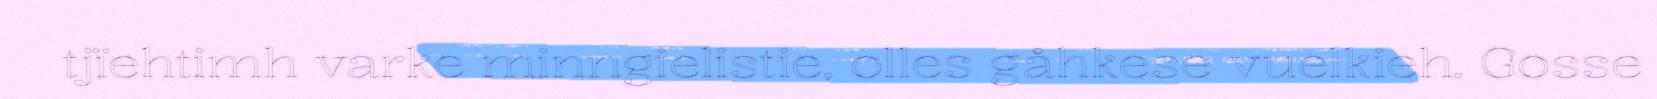
tjïehtimh varke minngielistie, olles gåhkese vuelkieh. Gosse